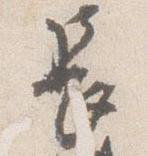
長